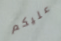
عليكم